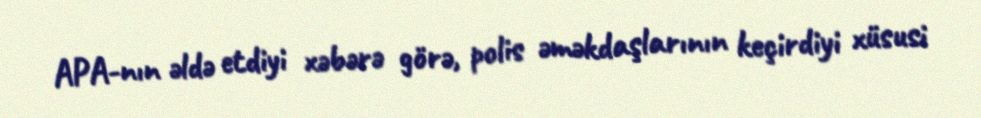
APA-nın əldə etdiyi xəbərə görə, polis əməkdaşlarının keçirdiyi xüsusi